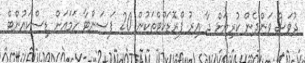
ދުވަސް ވަންދެން ކުރިޔަށް ދާ އިރު ޕްރޮޑަކްޓްތަކުން 20 ޕަސަންޓާ ހަމައަށް ޑިސްކައުންޓް